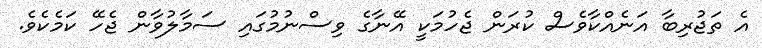
އެ ތަޖުރިބާ އަނެއްކާވެސް ކުރަން ޖެހުމަކީ އޭނާގެ ވިސްނުމުގައި ސަމާލުވާން ޖެހޭ ކަމެކެވެ.